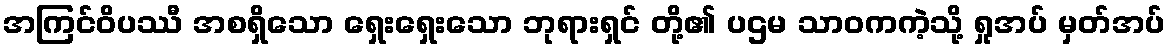
အကြင်ဝိပဿီ အစရှိသော ရှေးရှေးသော ဘုရားရှင် တို့၏ ပဌမ သာဝကကဲ့သို့ ရှုအပ် မှတ်အပ်